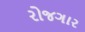
રોજગાર